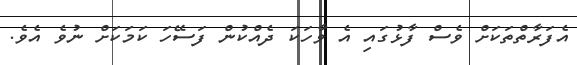
އެފަރާތްތަކަށް ވެސް ފާޅުގައި އެ ވާހަކަ ދެއްކުން ފަސޭހަ ކަމަކަށް ނުވެ އެވެ.